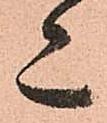
又